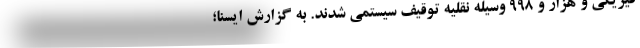
فیزیکی و هزار و ۹۹۸ وسیله نقلیه توقیف سیستمی شدند. به گزارش ایسنا؛